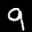
Label: 9